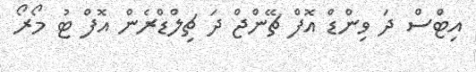
އިޓްސް ދަ ވިންޑް އޮފް ޗޭންޖް ދަ ޗިލްޑްރެން އޮފް ޓު މޯރޯ